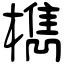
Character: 檇